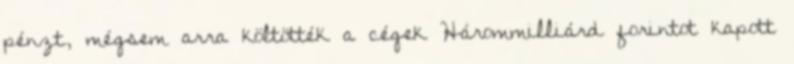
pénzt, mégsem arra költötték a cégek Hárommilliárd forintot kapott